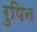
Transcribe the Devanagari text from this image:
रुपिन